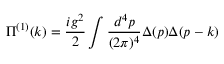
\Pi ^ { ( 1 ) } ( k ) = { \frac { i g ^ { 2 } } { 2 } } \int { \frac { d ^ { 4 } p } { ( 2 \pi ) ^ { 4 } } } \Delta ( p ) \Delta ( p - k )